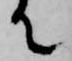
て